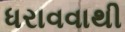
ધરાવવાથી